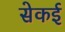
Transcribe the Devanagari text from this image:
सेकई